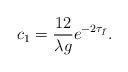
\begin{align*}c_1 = \frac{12}{\lambda g} e^{-2\tau_{\bar{I}}}.\end{align*}